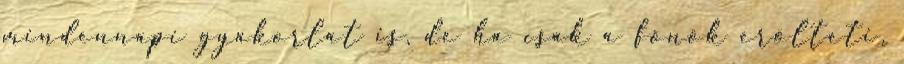
mindennapi gyakorlat is, de ha csak a főnök erőlteti,